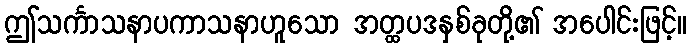
ဤသင်္ကာသနာပကာသနာဟူသော အတ္ထပဒနှစ်ခုတို့၏ အပေါင်းဖြင့်။